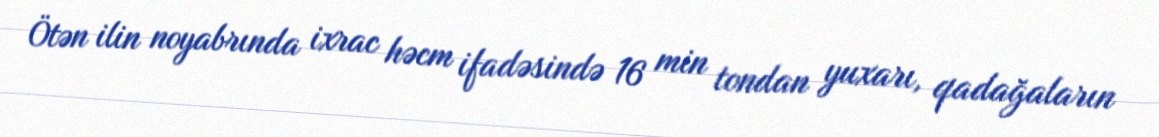
Ötən ilin noyabrında ixrac həcm ifadəsində 16 min tondan yuxarı, qadağaların